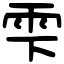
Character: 雫